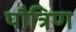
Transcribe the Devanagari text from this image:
पौत्रिण